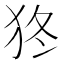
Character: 㹣